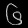
Digit: ၆